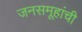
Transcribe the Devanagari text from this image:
जनसमूहांची